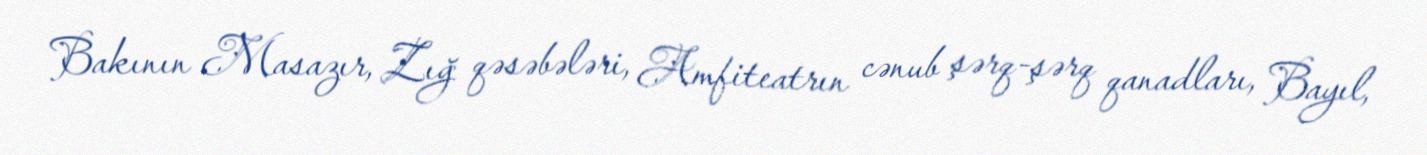
Bakının Masazır, Zığ qəsəbələri, Amfiteatrın cənub şərq-şərq qanadları, Bayıl,